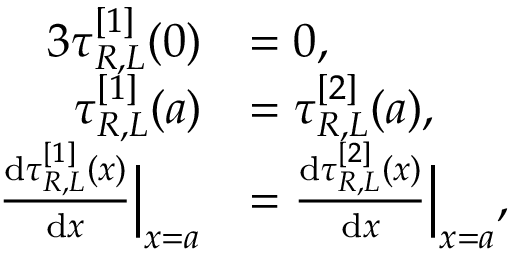
\begin{array} { r l } { { 3 } \tau _ { R , L } ^ { [ 1 ] } ( 0 ) } & { = 0 , } \\ { \tau _ { R , L } ^ { [ 1 ] } ( a ) } & { = \tau _ { R , L } ^ { [ 2 ] } ( a ) , } \\ { \frac { \mathrm { d } \tau _ { R , L } ^ { [ 1 ] } ( x ) } { \mathrm { d } x } \Big | _ { x = a } } & { = \frac { \mathrm { d } \tau _ { R , L } ^ { [ 2 ] } ( x ) } { \mathrm { d } x } \Big | _ { x = a } , } \end{array}